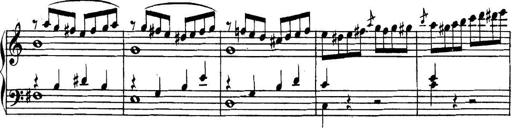
Title: Collected Piano Sonatas
Composer: Muzio Clementi